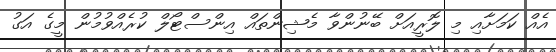
އެއް ކަމަށާއި މި ލޮރީއަށް ބޭނުންވާ މެޝިންތައް އިންސްޓޯލް ކުރެއްވުމުން މީގެ އަގު